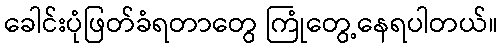
ခေါင်းပုံဖြတ်ခံရတာတွေ ကြုံတွေ့နေရပါတယ်။